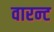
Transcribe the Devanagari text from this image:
वारन्‍ट